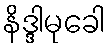
နိဒ္ဒါမုခေါ